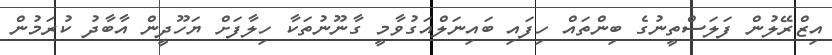
އިޒްރޭލުން ފަލަސްތީނުގެ ބިންތައް ހިފައި ބައިނަލްއަގުވާމީ ގާނޫނުތަކާ ހިލާފަށް ޔަހޫދީން އާބާދު ކުރަމުން